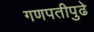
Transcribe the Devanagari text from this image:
गणपतीपुढे